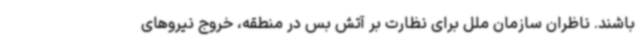
باشند. ناظران سازمان ملل برای نظارت بر آتش بس در منطقه، خروج نیروهای